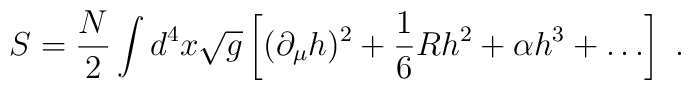
S= {N\over 2}\int d^4 x \sqrt g \left [ (\partial_\mu h)^2 + {1\over 6} R h^2+ \alpha h^3 + \ldots   \right]\ .